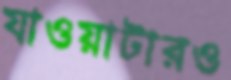
যাওয়াটারও